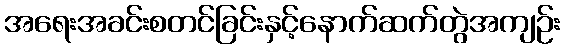
အရေးအခင်းစတင်ခြင်းနှင့်နောက်ဆက်တွဲအကျဉ်း